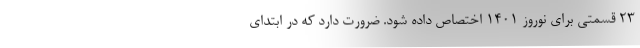
۲۳ قسمتی برای نوروز ۱۴۰۱ اختصاص داده شود. ضرورت دارد که در ابتدای